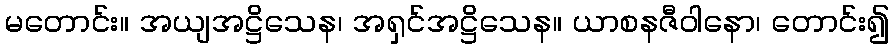
မတောင်း။ အယျအဋ္ဌိသေန၊ အရှင်အဋ္ဌိသေန။ ယာစနဇီဝါနော၊ တောင်း၍